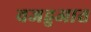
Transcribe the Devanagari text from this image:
वजहुआत